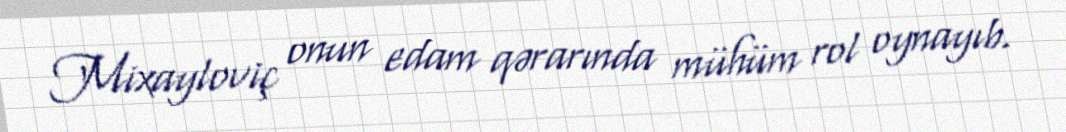
Mixayloviç onun edam qərarında mühüm rol oynayıb.